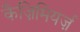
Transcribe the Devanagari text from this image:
कैज़िमियर्ज़